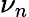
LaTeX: \nu_{n}